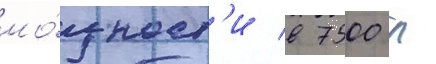
мо́щност'и в 7500 л